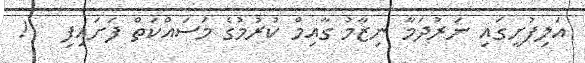
އަލިފުށީގައި ނަރުދަމާ ނިޒާމު ގާއިމް ކުރުމުގެ މަސައްކަތް ފަށައިފި   !